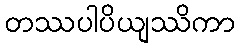
တဿပါပိယျဿိကာ